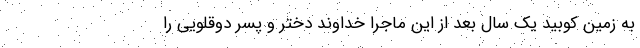
به زمین کوبید یک سال بعد از این ماجرا خداوند دختر و پسر دوقلویی را